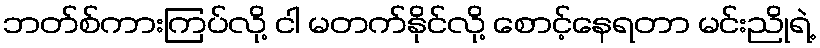
ဘတ်စ်ကားကြပ်လို့ ငါ မတက်နိုင်လို့ စောင့်နေရတာ မင်းညိုရဲ့